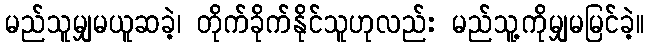
မည်သူမျှမယူဆခဲ့၊ တိုက်ခိုက်နိုင်သူဟုလည်း မည်သူ့ကိုမျှမမြင်ခဲ့။